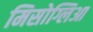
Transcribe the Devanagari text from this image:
मिसोग्लिआ